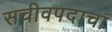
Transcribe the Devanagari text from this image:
सचीवपदाचा